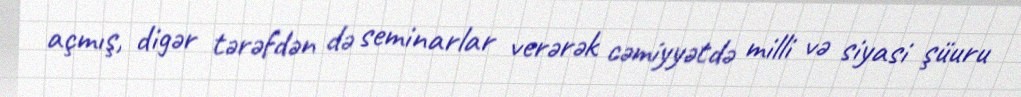
açmış, digər tərəfdən də seminarlar verərək cəmiyyətdə milli və siyasi şüuru